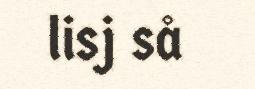
lisj så